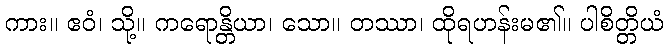
ကား။ ဧဝံ၊ သို့။ ကရောန္တိယာ၊ သော။ တဿာ၊ ထိုရဟန်းမ၏။ ပါစိတ္တိယံ